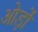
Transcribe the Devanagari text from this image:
ओर्ड़ो